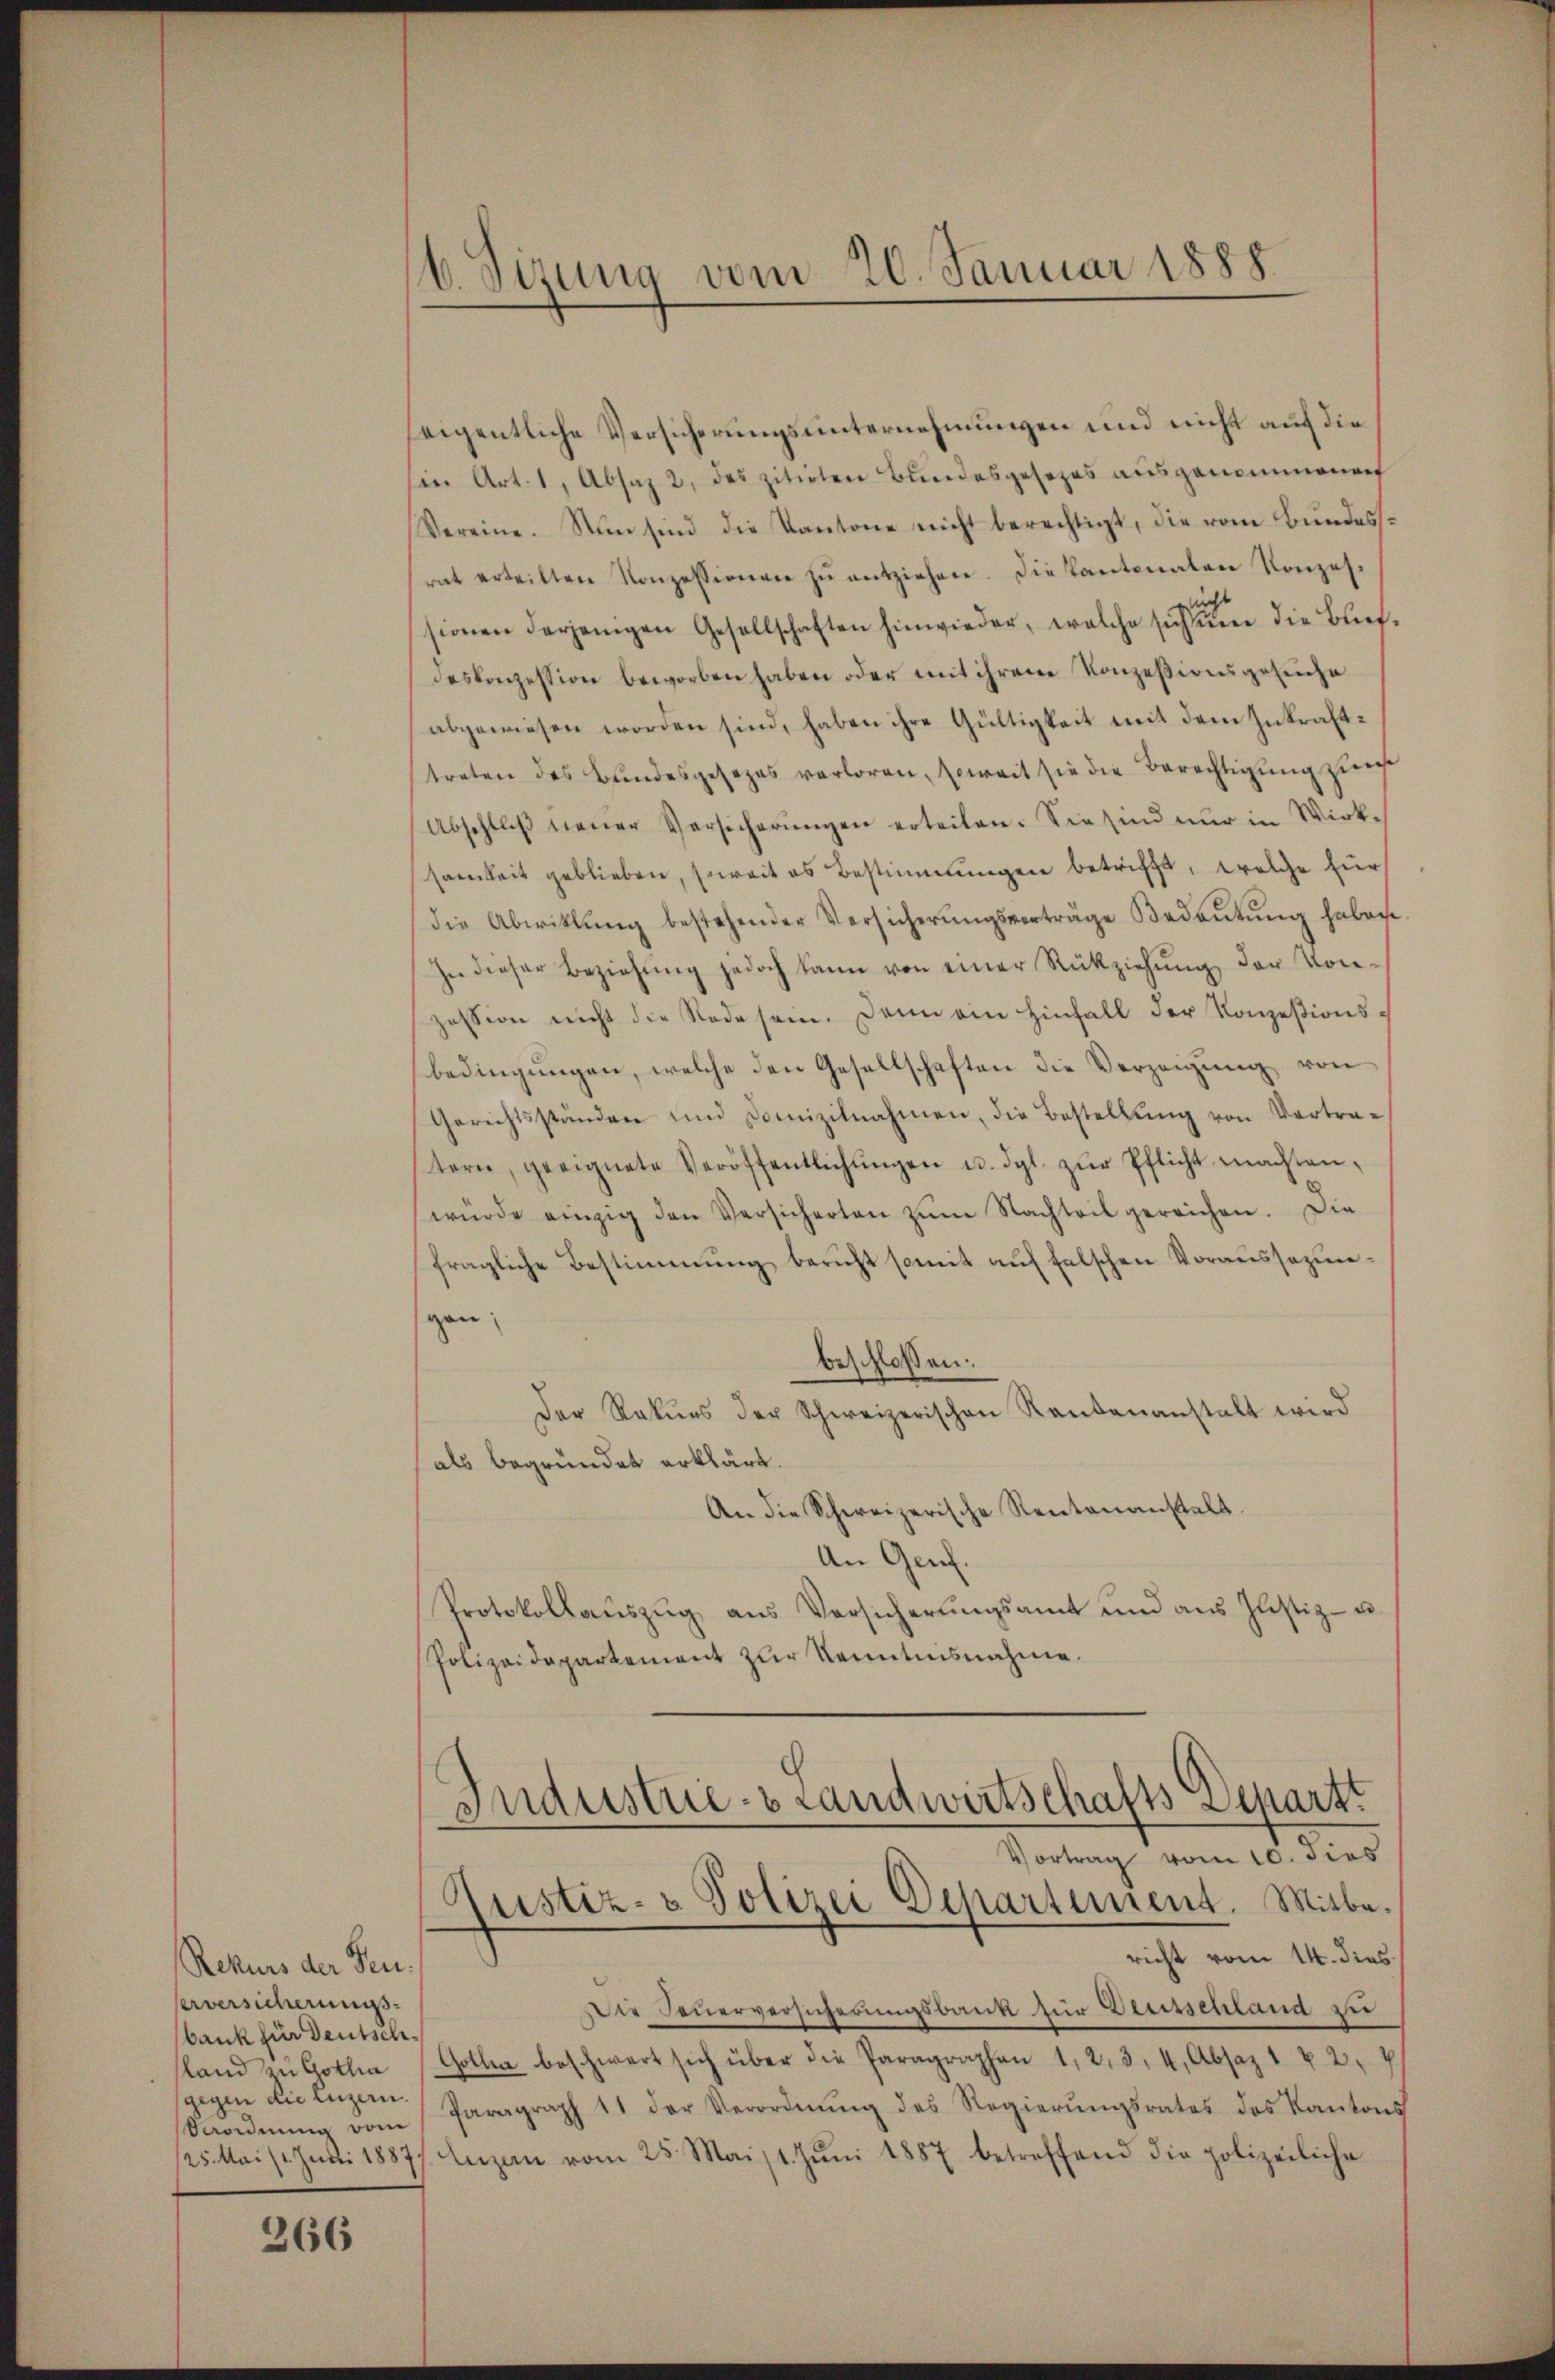
Rekurs der Feuserversicherungs
bank für Deutschsland zu Gothin
Veordnung vom

366

b. Sizung vom 20. Januar 1888.

seigentliche Versicherungsunternehmungen und nicht auf die
in Art. 1, Absaz 2, des zitirten Bundesgesezes ausgenommenen
Vereine. Nun sind die Kantone nicht berechtigt, die vom Bundesrat erteilten Konzessionen zŭ entziehen. Die Kantonalen Konzes.
icht
sionen derjenigen Gesellschaften hinwieder, welche sich ŭm die Blufdeskonzession beworben haben oder mit ihrem Konzessionsgesuche
abgewiesen worden sind, haben ihre Gültigkeit mit dem Inkrafttreten des Bundesgesezes verloren, soweit sie die Berechtigung zur
(Abschlŭβ neŭer Versicherŭngen erteilen. Sie sind nur in Wirk-
samkeit geblieben, soweit es Bestimmungen betrifft, welche für
die Abwitlŭng bestehender Versicherŭngsverträge Bedeŭtŭng haben.
In dieser Beziehŭng jedoch kann von einer Rückziehŭng der Vor-
zession nicht die Rede sein. Dann ein hinfall der Konzesionsbedingŭngen, welche den Gesellschaften die Verzeigung von
Gerichtsständen und Domizilnahmen, die Bestellŭng von Vortra-
tern, geeignete Veröffentlichŭngen u. dgl. zŭr Pflicht machten-
würde einzig den Versicherten zŭm Nachteil gereichen. Die
fragliche Bestimmung bericht somit auf falschen Voraussezungen;
beschlossen:
Der Rekŭrs der Schweizerischen Rankenanstalt wird
(als begründet erklärt.
An die Schweizerische Rentenanstalt.
An Genf.
Protokollaŭszŭg aŭs Versicherŭngsamt und ans Justiz- u.
Polizeidepartement zŭr Kenntnisnahme.
Industrie- & Landwirtschafts Depart
Vortrag vom 10. dies
Justiz- & Polizei Departement. Mitbericht vom 14. dies
Die Feuerversicherungsbank für Decisschland zu
Gotten beschwert sich über die Paragraphen 1, 2, 3, 4, Absaz 1 u 2. 4
gegen die Luzern Paragraph 11 der Verordnŭng des Regierŭngsrates des Kantons
25. Mai 11. Juli 1887, Luzern vom 25. Mai/1. Jŭni 1887 betreffend die polizeiliche